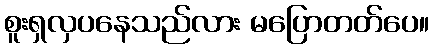
စူးရှလှပနေသည်လား မပြောတတ်ပေ။